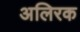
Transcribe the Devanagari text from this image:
अलिरक